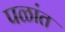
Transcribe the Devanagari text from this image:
पळांत